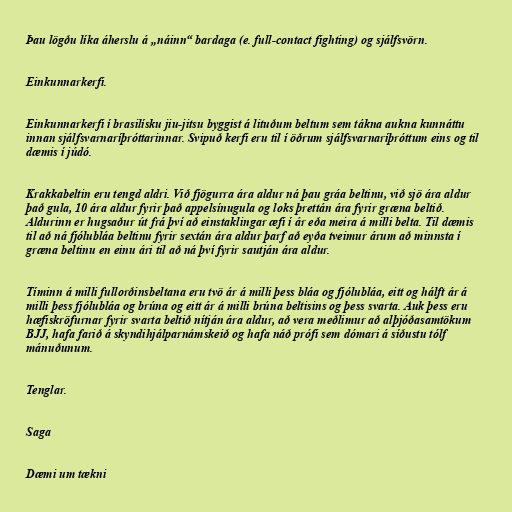
Þau lögðu líka áherslu á „náinn“ bardaga (e. full-contact fighting) og sjálfsvörn.

Einkunnarkerfi.

Einkunnarkerfi í brasilísku jiu-jitsu byggist á lituðum beltum sem tákna aukna kunnáttu
innan sjálfsvarnaríþróttarinnar. Svipuð kerfi eru til í öðrum sjálfsvarnaríþróttum eins og til
dæmis í júdó.

Krakkabeltin eru tengd aldri. Við fjögurra ára aldur ná þau gráa beltinu, við sjö ára aldur
það gula, 10 ára aldur fyrir það appelsínugula og loks þrettán ára fyrir græna beltið.
Aldurinn er hugsaður út frá því að einstaklingar æfi í ár eða meira á milli belta. Til dæmis
til að ná fjólubláa beltinu fyrir sextán ára aldur þarf að eyða tveimur árum að minnsta í
græna beltinu en einu ári til að ná því fyrir sautján ára aldur.

Tíminn á milli fullorðinsbeltana eru tvö ár á milli þess bláa og fjólubláa, eitt og hálft ár á
milli þess fjólubláa og brúna og eitt ár á milli brúna beltisins og þess svarta. Auk þess eru
hæfiskröfurnar fyrir svarta beltið nítján ára aldur, að vera meðlimur að alþjóðasamtökum
BJJ, hafa farið á skyndihjálparnámskeið og hafa náð prófi sem dómari á síðustu tólf
mánuðunum.

Tenglar.

Saga

Dæmi um tækni